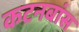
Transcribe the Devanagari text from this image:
कटनबांस